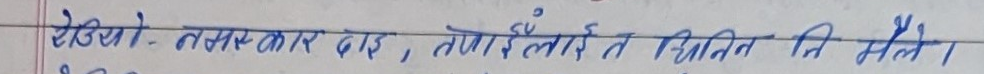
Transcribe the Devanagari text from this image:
रेडियो. तरसकर बाइ, तयारीलाई त किनित नि भएल।